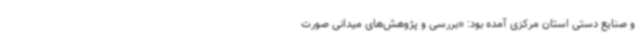
و صنایع دستی استان مرکزی آمده بود: «بررسی و پژوهش‌های میدانی صورت